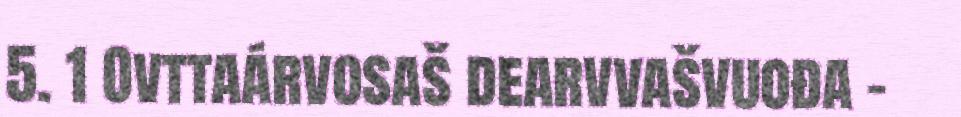
5. 1 Ovttaárvosaš dearvvašvuođa –